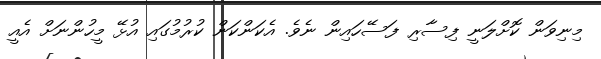
މިނިވަން ކޮށްލަނީ ފިސާރި ފަސޭހައިން ނެވެ. އެކަންކަން ކުރުމުގައި އުޅޭ މީހުންނަށް އެއީ